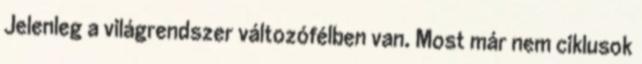
Jelenleg a világrendszer változófélben van. Most már nem ciklusok